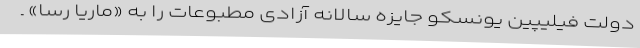
دولت فیلیپین یونسکو جایزه سالانه آزادی مطبوعات را به «ماریا رسا» ـ